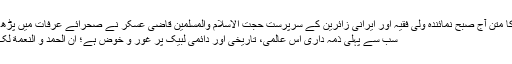
رہبر انقلاب اسلامی کے پیغام کا متن آج صبح نمائندہ ولی فقیہ اور ایرانی زائرین کے سرپرست حجت الاسلام والمسلمین قاضی عسکر نے صحرائے عرفات میں پڑھ کر سنایا، جو مندرجہ ذیل ہے:
سب سے پہلی ذمہ داری اس عالمی، تاریخی اور دائمی لبیک پر غور و خوض ہے؛ انّ الحمد و النعمة لک و المُلک، لا شَریک لک لبیک۔